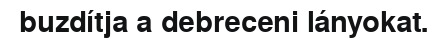
buzdítja a debreceni lányokat.